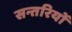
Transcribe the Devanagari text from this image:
सन्तरियों